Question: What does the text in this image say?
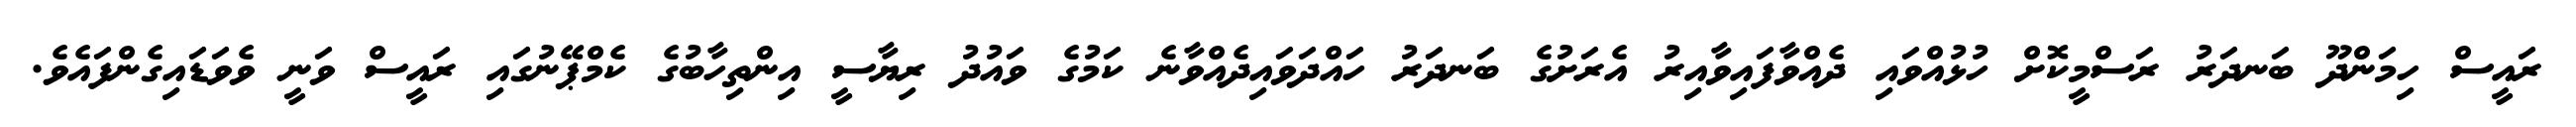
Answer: ރައީސް ހިމަންދޫ ބަނދަރު ރަސްމީކޮށް ހުޅުއްވައި ދެއްވާފައިވާއިރު އެރަށުގެ ބަނދަރު ހައްދަވައިދެއްވާނެ ކަމުގެ ވައުދު ރިޔާސީ އިންތިހާބުގެ ކެމްޕޭނުގައި ރައީސް ވަނީ ވެވަޑައިގެންފައެވެ.